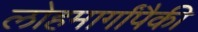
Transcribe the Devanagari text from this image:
लोहमार्गांपैकी